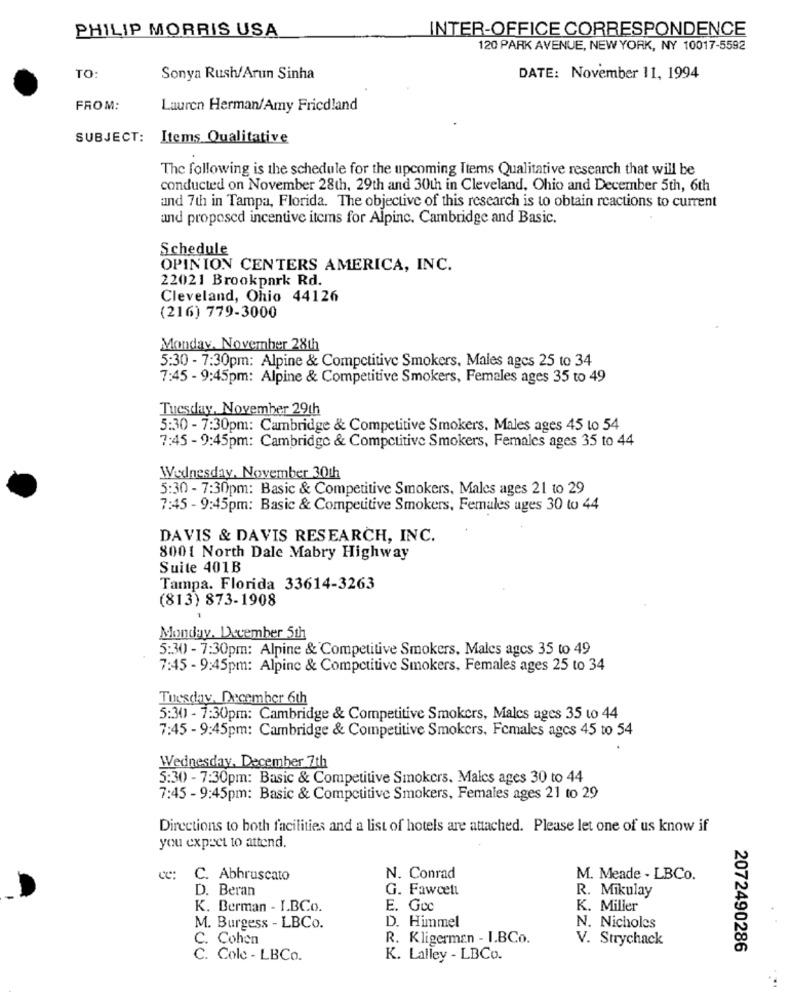
PHILIP MORRIS USA
INTER-OFFICE CORRESPONDENCE
120 PARK AVENUE, NEW YORK, NY 10017-5592
TO:
Sonya Rush/Arun Sinha
DATE: November 11, 1994
FROM:
Lauren Herman/Amy Friedland
SUBJECT: Items Qualitative
The following is the schedule for the upcoming Items Qualitative research that will be
conducted on November 28th, 29th and 30th in Cleveland, Ohio and December 5th, 6th
and 7th in Tampa, Florida. The objective of this research is to obtain reactions to current
and proposed incentive items for Alpine. Cambridge and Basic.
Schedule
OPINION CENTERS AMERICA, INC.
22021 Brookpark Rd.
Cleveland, Ohio 44126
(216) 779-3000
Monday, November 28th
5:30 - 7:30pm: Alpine & Competitive Smokers, Males ages 25 to 34
7:45 - 9:45pm: Alpine & Competitive Smokers, Females ages 35 to 49
Tuesday, November 29th
5:30 - 7:30pm: Cambridge & Competitive Smokers. Males ages 45 to 54
7:45 - 9:45pm: Cambridge & Competitive Smokers, Females ages 35 to 44
Wednesday, November 30th
5:30 - 7:30pm: Basic & Competitive Smokers, Males ages 21 to 29
7:45 - 9:45pm: Basic & Competitive Smokers, Females ages 30 to 44
DAVIS & DAVIS RESEARCH, INC.
8001 North Dale Mabry Highway
Suite 401B
Tampa. Florida 33614-3263
(813) 873-1908
Monday. December 5th
5:30 - 7:30pm: Alpine & Competitive Smokers, Males ages 35 to 49
7:45 - 9:45pm: Alpine & Competitive Smokers, Females ages 25 to 34
Tuesday, December 6th
5:30 - 7:30pm: Cambridge & Competitive Smokers, Males ages 35 to 44
7:45 - 9:45pm: Cambridge & Competitive Smokers. Females agcs 45 to 54
Wednesday, December 7th
5:30 - 7:30pm: Basic & Competitive Smokers. Malcs ages 30 to 44
7:45 - 9:45pm: Basic & Competitive Smokers, Females ages 21 to 29
Directions to both facilities and a list of hotels are attached. Please let one of us know if
you expect to attend.
C. Abhruscato
N. Conrad
M. Meade - LBCo.
D. Beran
G. Fawcett
R. Mikulay
K. Berman - LBCo.
E. Gcc
K. Miller
M. Burgess - LBCo.
D. Himmel
N. Nicholes
C. Cohen
R. Kligerman - I.BCo.
V. Strychack
2072490286
C. Cole - LBCo.
K. Lalley - LBCo.